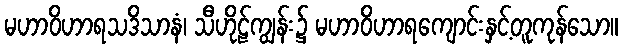
မဟာဝိဟာရသဒိသာနံ၊ သီဟိုဠ်ကျွန်း၌ မဟာဝိဟာရကျောင်းနှင့်တူကုန်သော။